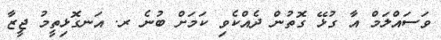
ވަސައްލަމް އާ ގުޅޭ ގޮތުން ދެއްކެވި ކަމަށް ބުނެ ރ. އަނގޮޅިތީމު ޖީޒާ